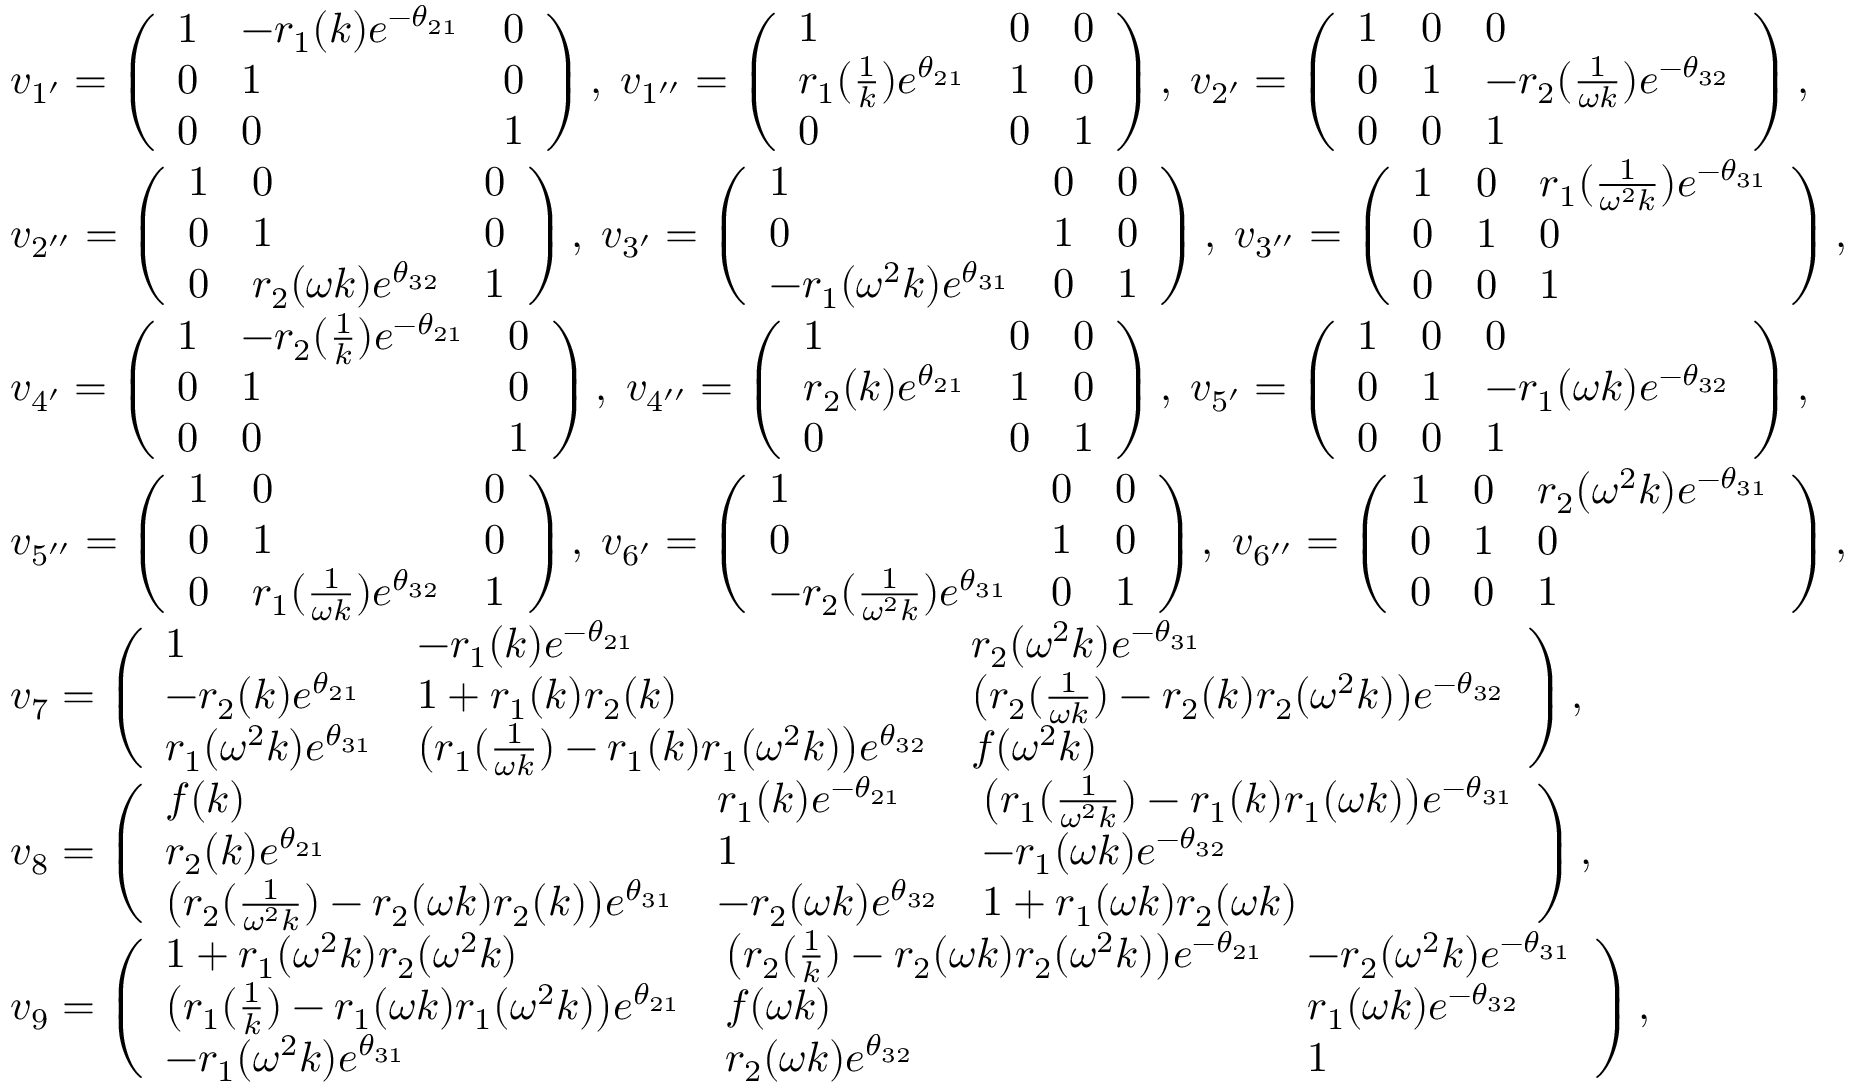
\begin{array} { r l } & { v _ { 1 ^ { \prime } } = \left( \begin{array} { l l l } { 1 } & { - r _ { 1 } ( k ) e ^ { - \theta _ { 2 1 } } } & { 0 } \\ { 0 } & { 1 } & { 0 } \\ { 0 } & { 0 } & { 1 } \end{array} \right) , \; v _ { 1 ^ { \prime \prime } } = \left( \begin{array} { l l l } { 1 } & { 0 } & { 0 } \\ { r _ { 1 } ( \frac { 1 } { k } ) e ^ { \theta _ { 2 1 } } } & { 1 } & { 0 } \\ { 0 } & { 0 } & { 1 } \end{array} \right) , \; v _ { 2 ^ { \prime } } = \left( \begin{array} { l l l } { 1 } & { 0 } & { 0 } \\ { 0 } & { 1 } & { - r _ { 2 } ( \frac { 1 } { \omega k } ) e ^ { - \theta _ { 3 2 } } } \\ { 0 } & { 0 } & { 1 } \end{array} \right) , } \\ & { v _ { 2 ^ { \prime \prime } } = \left( \begin{array} { l l l } { 1 } & { 0 } & { 0 } \\ { 0 } & { 1 } & { 0 } \\ { 0 } & { r _ { 2 } ( \omega k ) e ^ { \theta _ { 3 2 } } } & { 1 } \end{array} \right) , \; v _ { 3 ^ { \prime } } = \left( \begin{array} { l l l } { 1 } & { 0 } & { 0 } \\ { 0 } & { 1 } & { 0 } \\ { - r _ { 1 } ( \omega ^ { 2 } k ) e ^ { \theta _ { 3 1 } } } & { 0 } & { 1 } \end{array} \right) , \; v _ { 3 ^ { \prime \prime } } = \left( \begin{array} { l l l } { 1 } & { 0 } & { r _ { 1 } ( \frac { 1 } { \omega ^ { 2 } k } ) e ^ { - \theta _ { 3 1 } } } \\ { 0 } & { 1 } & { 0 } \\ { 0 } & { 0 } & { 1 } \end{array} \right) , } \\ & { v _ { 4 ^ { \prime } } = \left( \begin{array} { l l l } { 1 } & { - r _ { 2 } ( \frac { 1 } { k } ) e ^ { - \theta _ { 2 1 } } } & { 0 } \\ { 0 } & { 1 } & { 0 } \\ { 0 } & { 0 } & { 1 } \end{array} \right) , \; v _ { 4 ^ { \prime \prime } } = \left( \begin{array} { l l l } { 1 } & { 0 } & { 0 } \\ { r _ { 2 } ( k ) e ^ { \theta _ { 2 1 } } } & { 1 } & { 0 } \\ { 0 } & { 0 } & { 1 } \end{array} \right) , \; v _ { 5 ^ { \prime } } = \left( \begin{array} { l l l } { 1 } & { 0 } & { 0 } \\ { 0 } & { 1 } & { - r _ { 1 } ( \omega k ) e ^ { - \theta _ { 3 2 } } } \\ { 0 } & { 0 } & { 1 } \end{array} \right) , } \\ & { v _ { 5 ^ { \prime \prime } } = \left( \begin{array} { l l l } { 1 } & { 0 } & { 0 } \\ { 0 } & { 1 } & { 0 } \\ { 0 } & { r _ { 1 } ( \frac { 1 } { \omega k } ) e ^ { \theta _ { 3 2 } } } & { 1 } \end{array} \right) , \; v _ { 6 ^ { \prime } } = \left( \begin{array} { l l l } { 1 } & { 0 } & { 0 } \\ { 0 } & { 1 } & { 0 } \\ { - r _ { 2 } ( \frac { 1 } { \omega ^ { 2 } k } ) e ^ { \theta _ { 3 1 } } } & { 0 } & { 1 } \end{array} \right) , \; v _ { 6 ^ { \prime \prime } } = \left( \begin{array} { l l l } { 1 } & { 0 } & { r _ { 2 } ( \omega ^ { 2 } k ) e ^ { - \theta _ { 3 1 } } } \\ { 0 } & { 1 } & { 0 } \\ { 0 } & { 0 } & { 1 } \end{array} \right) , } \\ & { v _ { 7 } = \left( \begin{array} { l l l } { 1 } & { - r _ { 1 } ( k ) e ^ { - \theta _ { 2 1 } } } & { r _ { 2 } ( \omega ^ { 2 } k ) e ^ { - \theta _ { 3 1 } } } \\ { - r _ { 2 } ( k ) e ^ { \theta _ { 2 1 } } } & { 1 + r _ { 1 } ( k ) r _ { 2 } ( k ) } & { \big ( r _ { 2 } ( \frac { 1 } { \omega k } ) - r _ { 2 } ( k ) r _ { 2 } ( \omega ^ { 2 } k ) \big ) e ^ { - \theta _ { 3 2 } } } \\ { r _ { 1 } ( \omega ^ { 2 } k ) e ^ { \theta _ { 3 1 } } } & { \big ( r _ { 1 } ( \frac { 1 } { \omega k } ) - r _ { 1 } ( k ) r _ { 1 } ( \omega ^ { 2 } k ) \big ) e ^ { \theta _ { 3 2 } } } & { f ( \omega ^ { 2 } k ) } \end{array} \right) , } \\ & { v _ { 8 } = \left( \begin{array} { l l l } { f ( k ) } & { r _ { 1 } ( k ) e ^ { - \theta _ { 2 1 } } } & { \big ( r _ { 1 } ( \frac { 1 } { \omega ^ { 2 } k } ) - r _ { 1 } ( k ) r _ { 1 } ( \omega k ) \big ) e ^ { - \theta _ { 3 1 } } } \\ { r _ { 2 } ( k ) e ^ { \theta _ { 2 1 } } } & { 1 } & { - r _ { 1 } ( \omega k ) e ^ { - \theta _ { 3 2 } } } \\ { \big ( r _ { 2 } ( \frac { 1 } { \omega ^ { 2 } k } ) - r _ { 2 } ( \omega k ) r _ { 2 } ( k ) \big ) e ^ { \theta _ { 3 1 } } } & { - r _ { 2 } ( \omega k ) e ^ { \theta _ { 3 2 } } } & { 1 + r _ { 1 } ( \omega k ) r _ { 2 } ( \omega k ) } \end{array} \right) , } \\ & { v _ { 9 } = \left( \begin{array} { l l l } { 1 + r _ { 1 } ( \omega ^ { 2 } k ) r _ { 2 } ( \omega ^ { 2 } k ) } & { \big ( r _ { 2 } ( \frac { 1 } { k } ) - r _ { 2 } ( \omega k ) r _ { 2 } ( \omega ^ { 2 } k ) \big ) e ^ { - \theta _ { 2 1 } } } & { - r _ { 2 } ( \omega ^ { 2 } k ) e ^ { - \theta _ { 3 1 } } } \\ { \big ( r _ { 1 } ( \frac { 1 } { k } ) - r _ { 1 } ( \omega k ) r _ { 1 } ( \omega ^ { 2 } k ) \big ) e ^ { \theta _ { 2 1 } } } & { f ( \omega k ) } & { r _ { 1 } ( \omega k ) e ^ { - \theta _ { 3 2 } } } \\ { - r _ { 1 } ( \omega ^ { 2 } k ) e ^ { \theta _ { 3 1 } } } & { r _ { 2 } ( \omega k ) e ^ { \theta _ { 3 2 } } } & { 1 } \end{array} \right) , } \end{array}